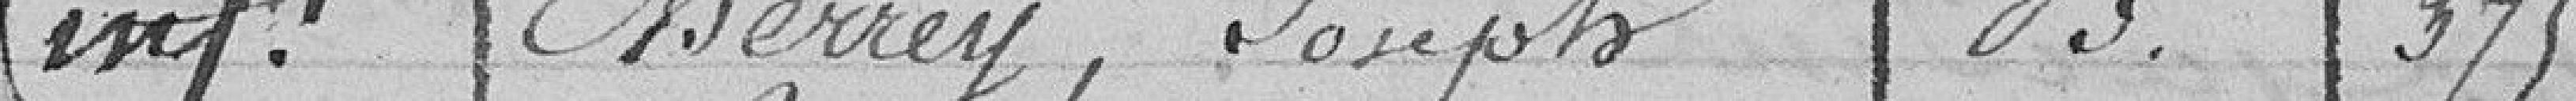
inf Cherrey Joseph   B   375